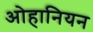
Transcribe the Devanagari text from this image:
ओहानियन